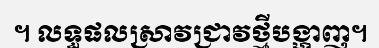
។ លទ្ធផលស្រាវជ្រាវថ្មីបង្ហាញ។